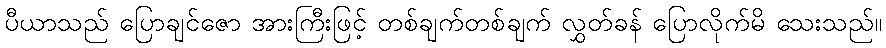
ပီယာသည် ပြောချင်ဇော အားကြီးဖြင့် တစ်ချက်တစ်ချက် လွှတ်ခန် ပြောလိုက်မိ သေးသည်။